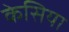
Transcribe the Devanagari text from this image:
केसिया